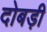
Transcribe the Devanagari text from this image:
दोबड़ी